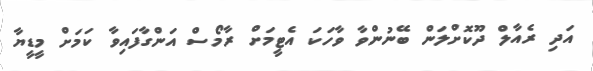
އަދި ރެއާލް ދޫކޮށްލަން ބޭނުންވާ ވާހަކަ އެޓީމަށް ރާމޯސް އަންގާފައިވާ ކަމަށް މީޑީޔާ